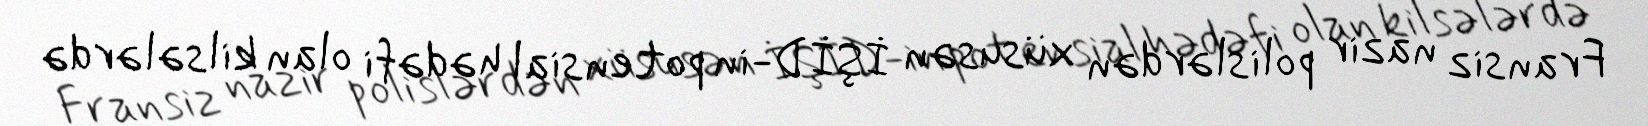
Fransiz nazir polislərdən xüsusən İŞİD-in potensial hədəfi olan kilsələrdə